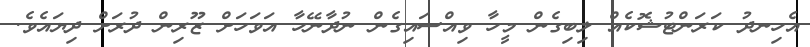
އެހިނދު ކަރަންޓުޝޮކެއް ލިބިގެން މީހާ ވިއްސައިގެން ނުދާނޭހާ އަވަހަށް ޒޫރިން ދުރަށް ދިޔައެވެ.